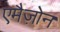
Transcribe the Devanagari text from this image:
एमैज़ोन